Annual report of the Punjab Veterinary College and of the Civil Veterinary Department, Punjab - 1909-1919
Year: 1909
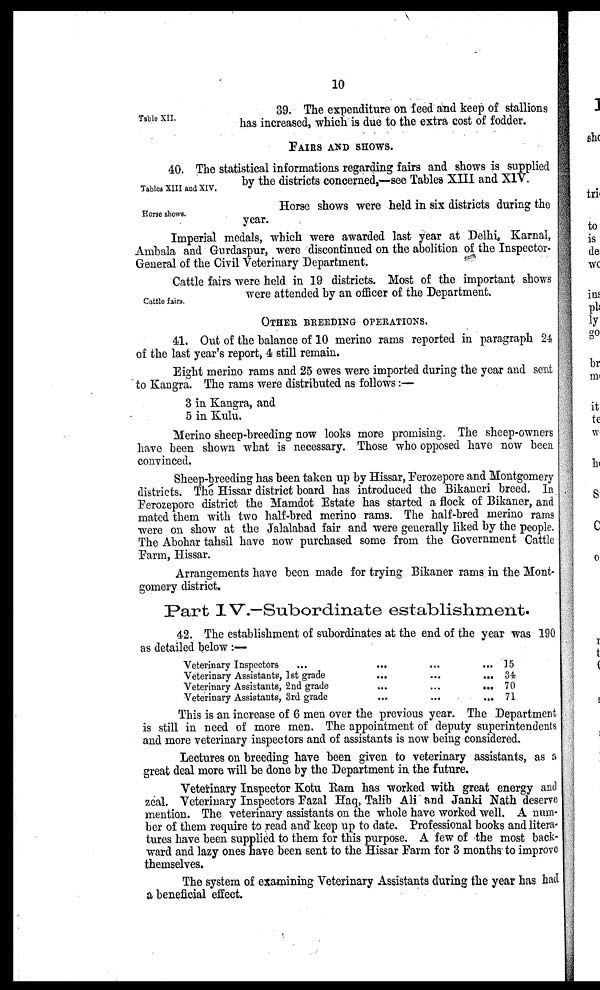
10
Table XII.
39. The expenditure on feed and keep of stallions
has increased, which is due to the extra cost of fodder.
FAIRS AND SHOWS.
Tables XIII and XIV.
40. The statistical informations regarding fairs and shows is supplied
by the districts concerned,—see Tables XIII and XIV.
Horse shows.
Horse shows were held in six districts during the
year.
Imperial medals, which were awarded last year at Delhi, Karnal,
Ambala and Gurdaspur, were discontinued on the abolition of the Inspector-
General of the Civil Veterinary Department.
Cattle fairs.
Cattle fairs were held in 19 districts. Most of the important shows
were attended by an officer of the Department.
OTHER BREEDING OPERATIONS.
41. Out of the balance of 10 merino rams reported in paragraph 24
of the last year's report, 4 still remain.
Eight merino rams and 25 ewes were imported during the year and sent
to Kangra. The rams were distributed as follows :—
3 in Kangra, and
5 in Kulu.
Merino sheep-breeding now looks more promising. The sheep-owners
have been shown what is necessary. Those who opposed have now been
convinced.
Sheep-breeding has been taken up by Hissar, Ferozepore and Montgomery
districts. The Hissar district board has introduced the Bikaneri breed. In
Ferozepore district the Mamdot Estate has started a flock of Bikaner, and
mated them with two half-bred merino rams. The half-bred merino rams
were on show at the Jalalabad fair and were generally liked by the people.
The Abohar tahsil have now purchased some from the Government Cattle
Farm, Hissar.
Arrangements have been made for trying Bikaner rams in the Mont-
gomery district.
Part IV.—Subordinate establishment.
42. The establishment of subordinates at the end of the year was 190
as detailed below:—
Veterinary Inspectors.........
Veterinary Assistants, 1st grade...
...
...
Veterinary Assistants, 2nd grade...
...
...
Veterinary Assistants, 3rd grade...
...
...
15
34
70
71
This is an increase of 6 men over the previous year. The Department
is still in need of more men. The appointment of deputy superintendents
and more veterinary inspectors and of assistants is now being considered.
Lectures on breeding have been given to veterinary assistants, as a
great deal more will be done by the Department in the future.
Veterinary Inspector Kotu Ram has worked with great energy and
zeal. Veterinary Inspectors Fazal Haq, Talib Ali and Janki Nath deserve
mention. The veterinary assistants on the whole have worked well. A num-
ber of them require to read and keep up to date. Professional books and litera-
tures have been supplied to them for this purpose. A few of the most back-
ward and lazy ones have been sent to the Hissar Farm for 3 months' to improve
themselves.
The system of examining Veterinary Assistants during the year has had
a beneficial effect.